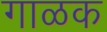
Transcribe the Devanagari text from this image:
गाळक